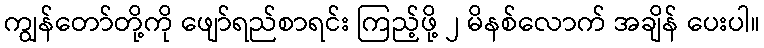
ကျွန်တော်တို့ကို ဖျော်ရည်စာရင်း ကြည့်ဖို့ ၂ မိနစ်လောက် အချိန် ပေးပါ။